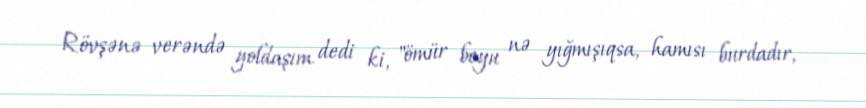
Rövşənə verəndə yoldaşım dedi ki, "ömür boyu nə yığmışıqsa, hamısı burdadır,